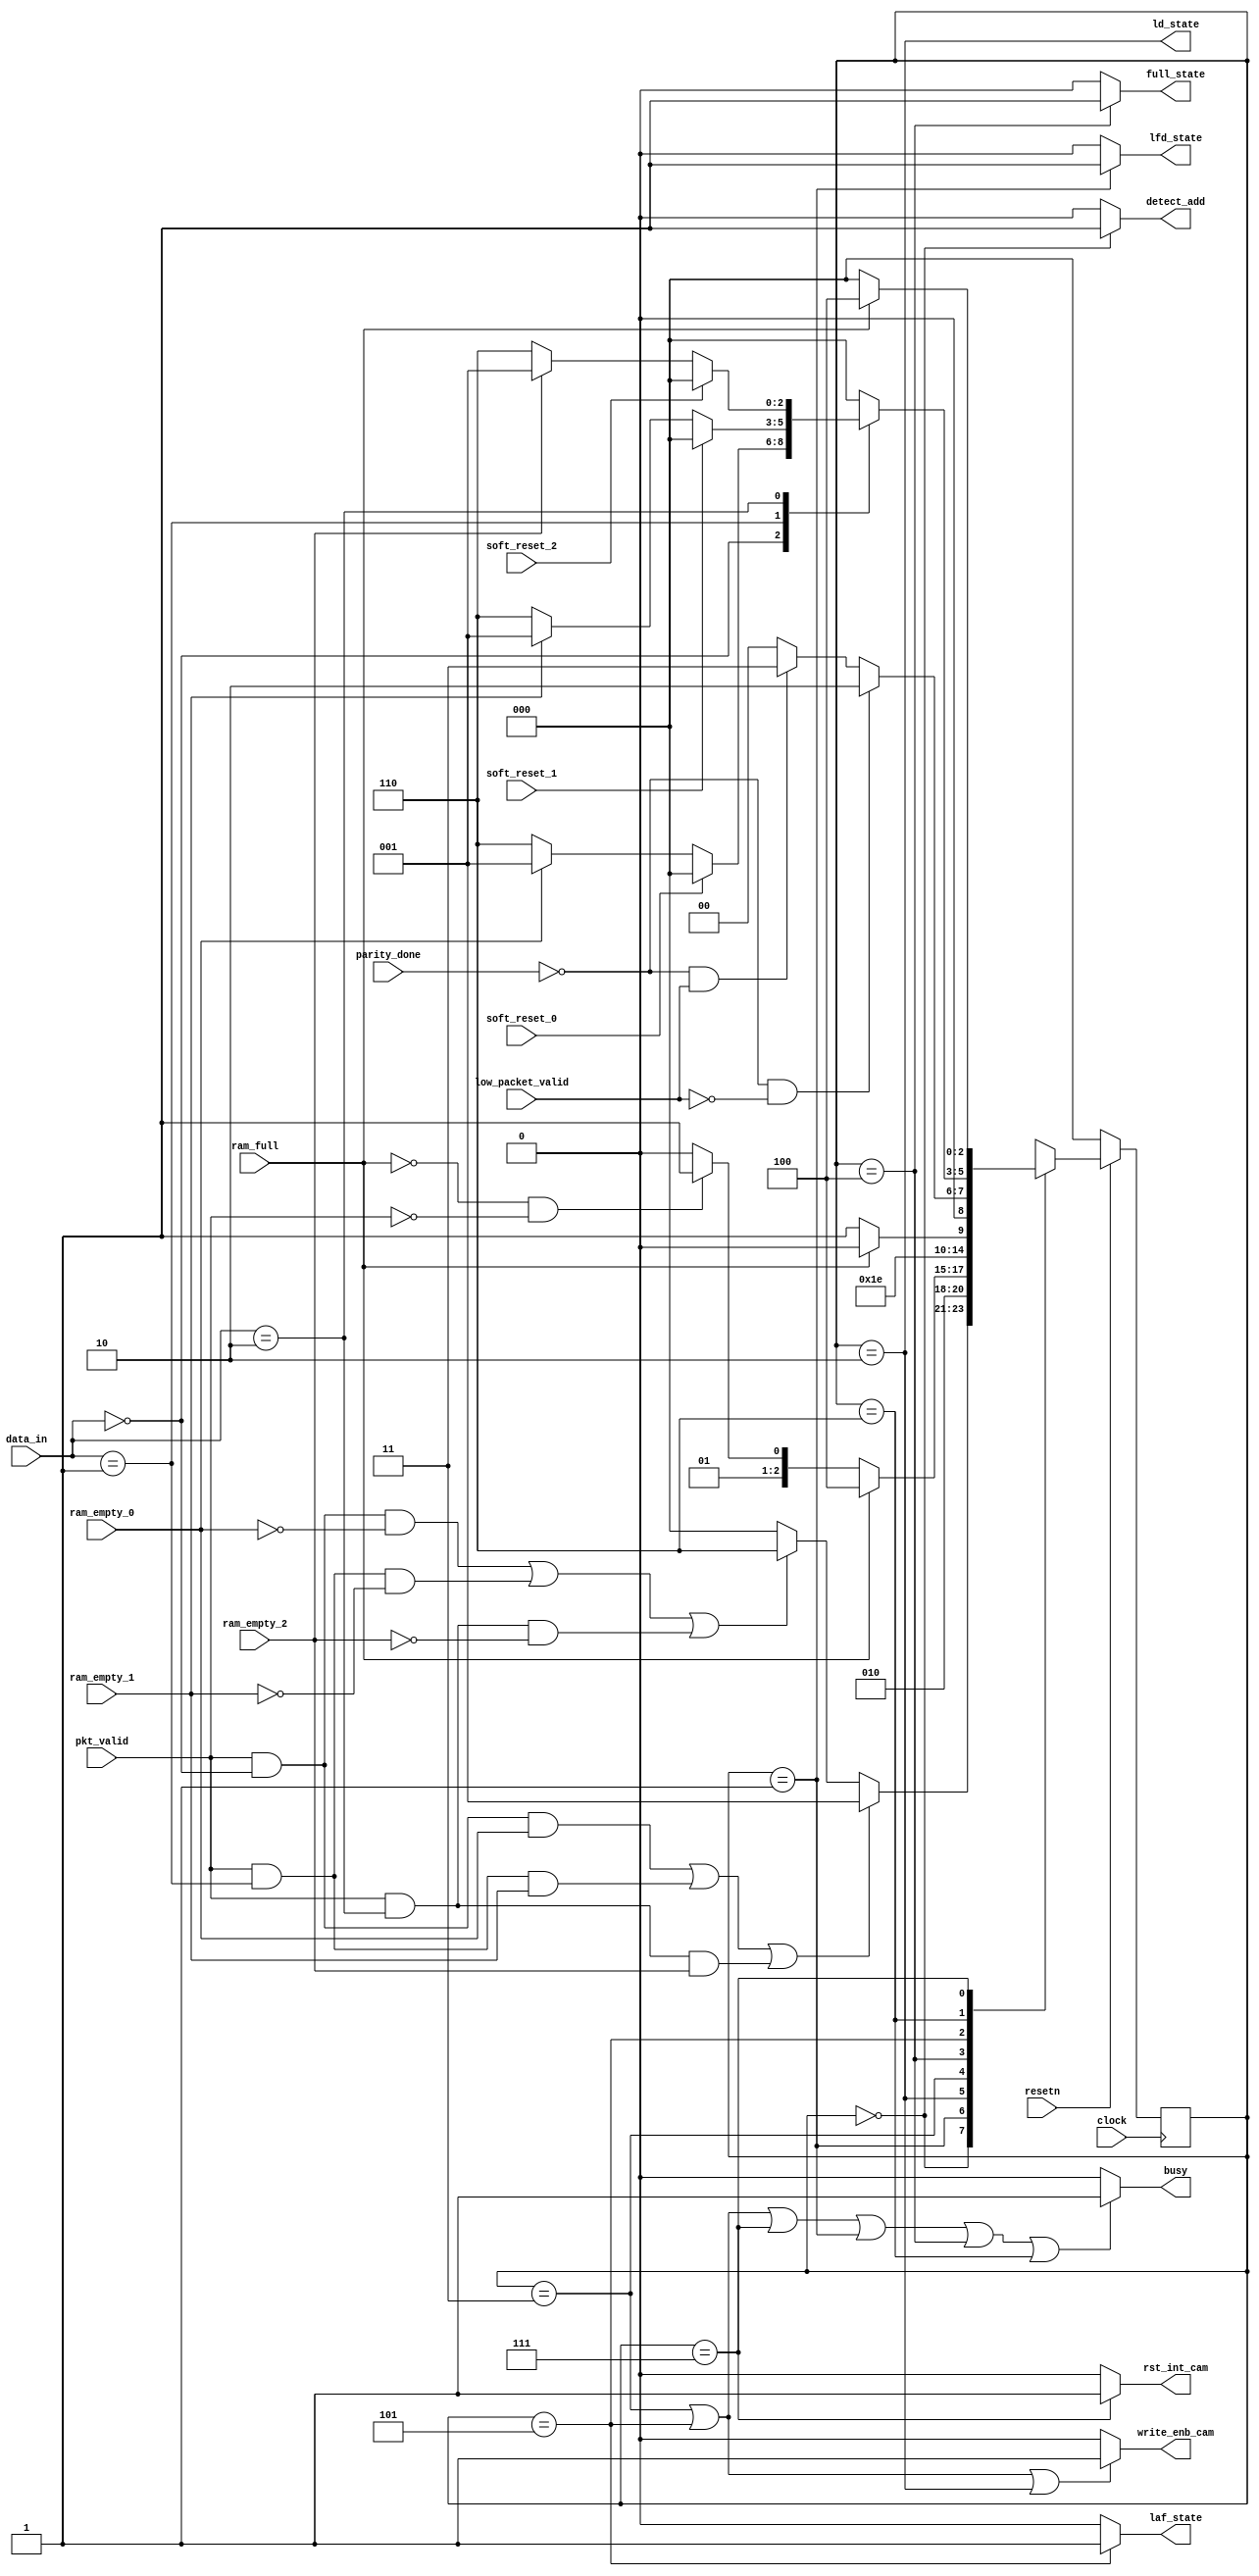
module AMBA_FSM
(input clock, resetn, pkt_valid, 
 input [1:0]data_in,
 input ram_full, ram_empty_0, ram_empty_1, ram_empty_2, soft_reset_0, soft_reset_1, soft_reset_2, parity_done, low_packet_valid, 
 output write_enb_cam, detect_add, ld_state, laf_state, lfd_state, full_state, rst_int_cam, busy);

parameter  
  DECODE_ADDRESS= 3'b000,
  LOAD_FIRST_DATA=3'b001,
  LOAD_DATA=3'b010,
  LOAD_PARITY=3'b011,
  ram_FULL_STATE=3'b100,
  LOAD_AFTER_FULL=3'b101,
  WAIT_TILL_EMPTY=3'b110,
  CHECK_PARITY_ERROR=3'b111;

reg [2:0]state, next_state;

    always@(posedge clock)
    begin
     if(~resetn)
     state<= DECODE_ADDRESS;
     
/* else if(soft_reset_0 || soft_reset_1 || soft_reset_2)
 next_state= DECODE_ADDRESS;*/
     
     else
     state<= next_state;
    end

 always@*
 begin
  next_state= DECODE_ADDRESS;
  case(state)
 
DECODE_ADDRESS : if((pkt_valid && (data_in[1:0]==2'b00)) && ram_empty_0 || (pkt_valid && (data_in[1:0]==2'b01) && ram_empty_1)||(pkt_valid && (data_in[1:0]==2'b10) && ram_empty_2))
          
  next_state= LOAD_FIRST_DATA;
  else if((pkt_valid &&(data_in[1:0]==2'b00)) && ~ram_empty_0 ||
  (pkt_valid &&(data_in[1:0]==2'b01)&& ~ram_empty_1) ||
  (pkt_valid&&(data_in[1:0]==2'b10)&& ~ram_empty_2))
  
  next_state= WAIT_TILL_EMPTY;
   else 
  next_state=DECODE_ADDRESS;

  LOAD_FIRST_DATA: next_state= LOAD_DATA;

  LOAD_DATA: if(ram_full==1)
      next_state=ram_FULL_STATE;
      else if(ram_full==0 && pkt_valid==0)
      next_state=LOAD_PARITY;
      else
      next_state= LOAD_DATA;
    
  LOAD_PARITY: next_state= CHECK_PARITY_ERROR;

  ram_FULL_STATE: if(ram_full==0) 
      next_state= LOAD_AFTER_FULL;
      else
      next_state=ram_FULL_STATE;

  LOAD_AFTER_FULL :if(parity_done==0 && low_packet_valid==0)
      next_state= LOAD_DATA;

      else if(parity_done==0 && low_packet_valid==1)
      next_state= LOAD_PARITY;
      else if(parity_done==1)
      next_state= DECODE_ADDRESS;
    
  WAIT_TILL_EMPTY :

/* if(~ram_empty_0 || ~ram_empty_1 || ~ram_empty_2)
 next_state=WAIT_TILL_EMPTY;
 else
 next_state= LOAD_FIRST_DATA;*/

     begin
     next_state = DECODE_ADDRESS;

     case(data_in)
     2'b00 :begin
       if(soft_reset_0)
        next_state = DECODE_ADDRESS;
       else if(~ram_empty_0)
        next_state = WAIT_TILL_EMPTY;
       else if(ram_empty_0)
        next_state = LOAD_FIRST_DATA;
      end
     2'b01 :begin
       if(soft_reset_1)
        next_state = DECODE_ADDRESS;
       else if(~ram_empty_1)
        next_state = WAIT_TILL_EMPTY;
       else if(ram_empty_1)
        next_state = LOAD_FIRST_DATA;
      end
     2'b10 :begin
       if(soft_reset_2)
        next_state = DECODE_ADDRESS;
       else if(~ram_empty_2)
        next_state = WAIT_TILL_EMPTY;
       else if(ram_empty_2)
        next_state = LOAD_FIRST_DATA;
      end
     endcase
     end 
 

  CHECK_PARITY_ERROR:if (ram_full)
      next_state= ram_FULL_STATE;
      else
      next_state=DECODE_ADDRESS;

     endcase
     end
    
assign detect_add =(state==DECODE_ADDRESS)?1:0;
assign rst_int_cam=(state==CHECK_PARITY_ERROR)?1:0;
assign lfd_state=(state==LOAD_FIRST_DATA)?1:0;

assign busy=(state==LOAD_PARITY || state== LOAD_AFTER_FULL || state==CHECK_PARITY_ERROR || state==LOAD_FIRST_DATA || state==ram_FULL_STATE || state== WAIT_TILL_EMPTY)?1:0;

/*assign busy=(state==LOAD_DATA)?0:1;
assign write_enb_cam=(state==ram_FULL_STATE || state==WAIT_TILL_EMPTY)?0:1;*/

assign write_enb_cam=(state==LOAD_PARITY || state==LOAD_AFTER_FULL || state==LOAD_DATA)?1:0;
assign laf_state=(state==LOAD_AFTER_FULL)?1:0;
assign full_state=(state==ram_FULL_STATE)?1:0;
assign ld_state=(state==LOAD_DATA);
endmodule